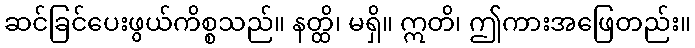
ဆင်ခြင်ပေးဖွယ်ကိစ္စသည်။ နတ္ထိ၊ မရှိ။ ဣတိ၊ ဤကားအဖြေတည်း။